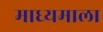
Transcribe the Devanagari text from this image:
माध्यमाला